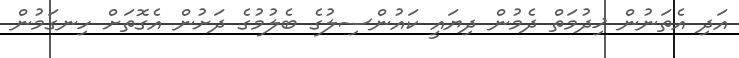
އަދި އެތަނުން ޚިދުމަތް ދެމުން ދިޔައީ ކައުންސިލުގެ ބެލުމުގެ ދަށުން އެގޮތަށް ހިނގަމުން